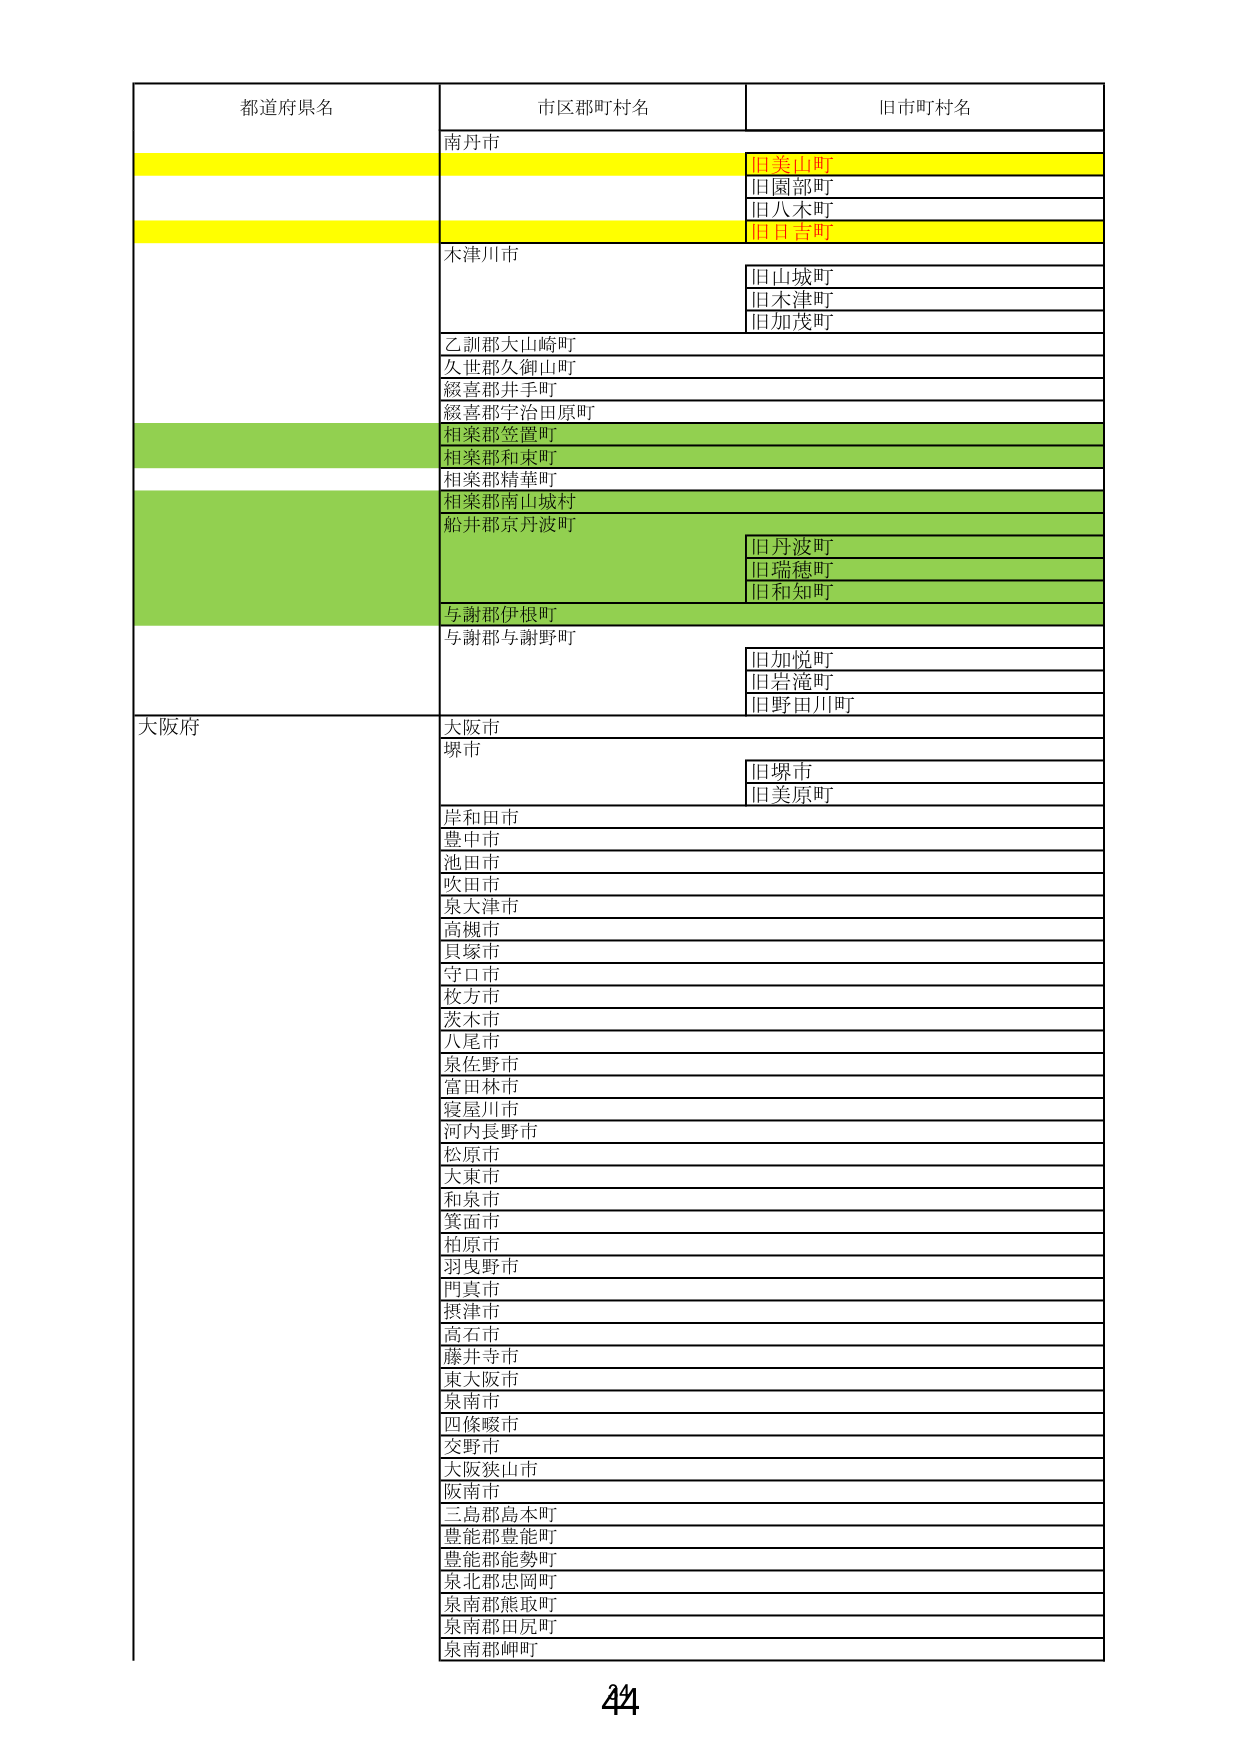
都道府県名 市区郡町村名 旧市町村名
南丹市 旧美山町
旧園部町
旧八木町
旧日吉町
木津川市 旧山城町
旧木津町
旧加茂町
乙訓郡大山崎町
久世郡久御山町
綴喜郡井手町
綴喜郡宇治田原町
相楽郡笠置町
相楽郡和束町
相楽郡精華町
相楽郡南山城村
船井郡京丹波町 旧丹波町
旧瑞穂町
旧和知町
与謝郡伊根町
与謝郡与謝野町 旧加悦町
旧岩滝町
旧野田川町
大阪府 大阪市
堺市 旧堺市
旧美原町
岸和田市
豊中市
池田市
吹田市
泉大津市
高槻市
貝塚市
守口市
枚方市
茨木市
八尾市
泉佐野市
富田林市
寝屋川市
河内長野市
松原市
大東市
和泉市
箕面市
柏原市
羽曳野市
門真市
摂津市
高石市
藤井寺市
東大阪市
泉南市
四條畷市
交野市
大阪狭山市
阪南市
三島郡島本町
豊能郡豊能町
豊能郡能勢町
泉北郡忠岡町
泉南郡熊取町
泉南郡田尻町
泉南郡岬町
44